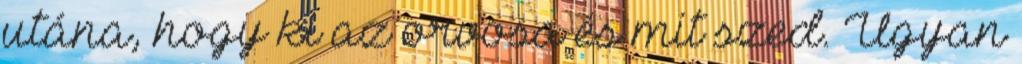
utána, hogy ki az orvosa és mit szed. Ugyan